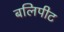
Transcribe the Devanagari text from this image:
बलिपीट